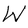
Character: W